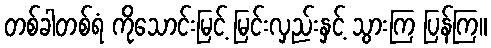
တစ်ခါတစ်ရံ ကိုသောင်းမြင့် မြင်းလှည်းနှင့် သွားကြ ပြန်ကြ။